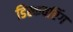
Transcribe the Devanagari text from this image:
डिस्कवरिंग